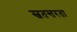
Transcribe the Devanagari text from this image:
स्वतन्तरता